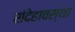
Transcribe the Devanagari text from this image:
संदेहावस्था